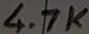
Text: 4.7K